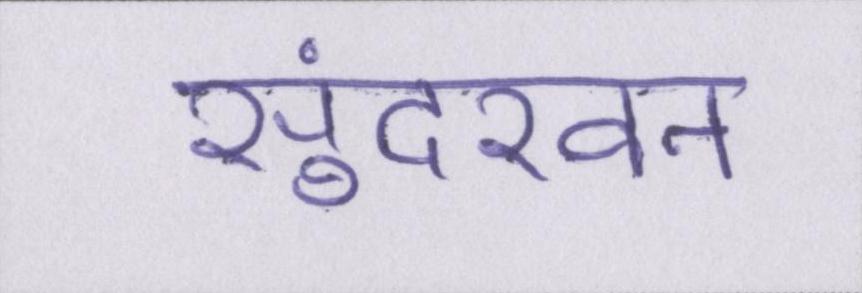
सुंदरवन